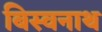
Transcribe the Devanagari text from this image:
बिस्वनाथ